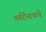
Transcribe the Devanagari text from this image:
भर्तरीनाथांचे